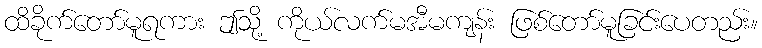
ထိခိုက်တော်မူရကား ဤသို့ ကိုယ်လက်မအီမကျန်း ဖြစ်တော်မူခြင်းပေတည်း။